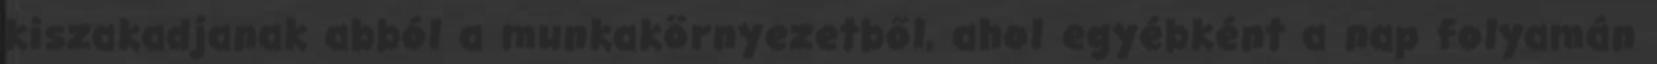
kiszakadjanak abból a munkakörnyezetből, ahol egyébként a nap folyamán